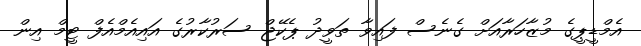
އެމްޑީޕީގެ މުޒާހަރާއަށް ގެނެސް ފައިވާ ތަވީދު ޕެކޭޖް ސަރުކާރުގެ އައިއެމްއެފް ޓީމް އިން